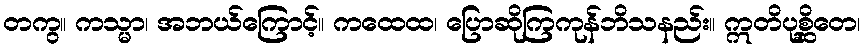
တကွ။ ကသ္မာ၊ အဘယ်ကြောင့်။ ကထေထ၊ ပြောဆိုကြကုန်ဘိသနည်း။ ဣတိပုစ္ဆိတေ၊